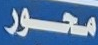
محور